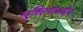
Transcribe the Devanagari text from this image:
न्युक्लियोसाईड